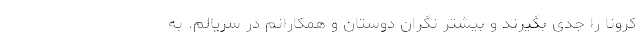
کرونا را جدی بگیرند و بیشتر نگران دوستان و همکارانم در سریالم. به